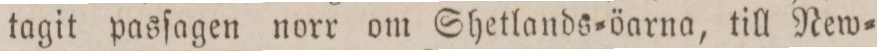
tagit pasſagen norr om Shetlands=öarna, till New=